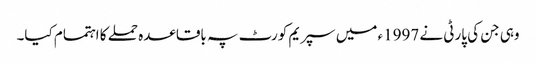
وہی جن کی پارٹی نے 1997ء میں سپریم کورٹ پہ باقاعدہ حملے کا اہتمام کیا۔